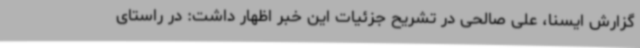
گزارش ایسنا، علی صالحی در تشریح جزئیات این خبر اظهار داشت: در راستای